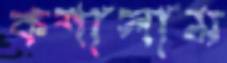
কশালাম